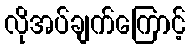
လိုအပ်ချက်ကြောင့်